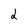
Character: 2